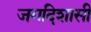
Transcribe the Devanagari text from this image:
जगदिशासी